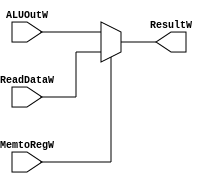
module WriteBack_Mux
    (
        input MemtoRegW,
        input [31:0] ReadDataW, ALUOutW,
        output [31:0] ResultW
    );
assign ResultW = (MemtoRegW) ? ReadDataW : ALUOutW;
endmodule